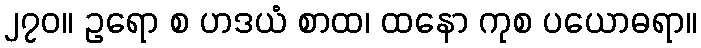
၂၇၀။ ဥရော စ ဟဒယံ စာထ၊ ထနော ကုစ ပယောဓရာ။